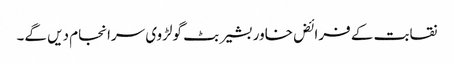
نقابت کے فرائض خاور بشیر بٹ گولڑوی سرانجام دیں گے۔